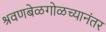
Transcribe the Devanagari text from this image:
श्रवणबेळगोळच्यानंतर